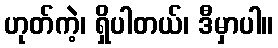
ဟုတ်ကဲ့၊ ရှိပါတယ်၊ ဒီမှာပါ။